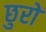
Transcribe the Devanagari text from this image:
छुरों